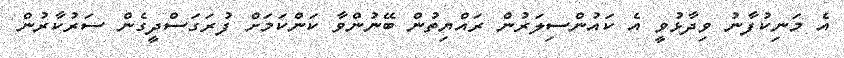
އެ މަނިކުފާނު ވިދާޅުވީ އެ ކައުންސިލަރުން ރައްޔިތުން ބޭނުންވާ ކަންކަމަށް ފުރަގަސްދީގެން ސަރުކާރުން